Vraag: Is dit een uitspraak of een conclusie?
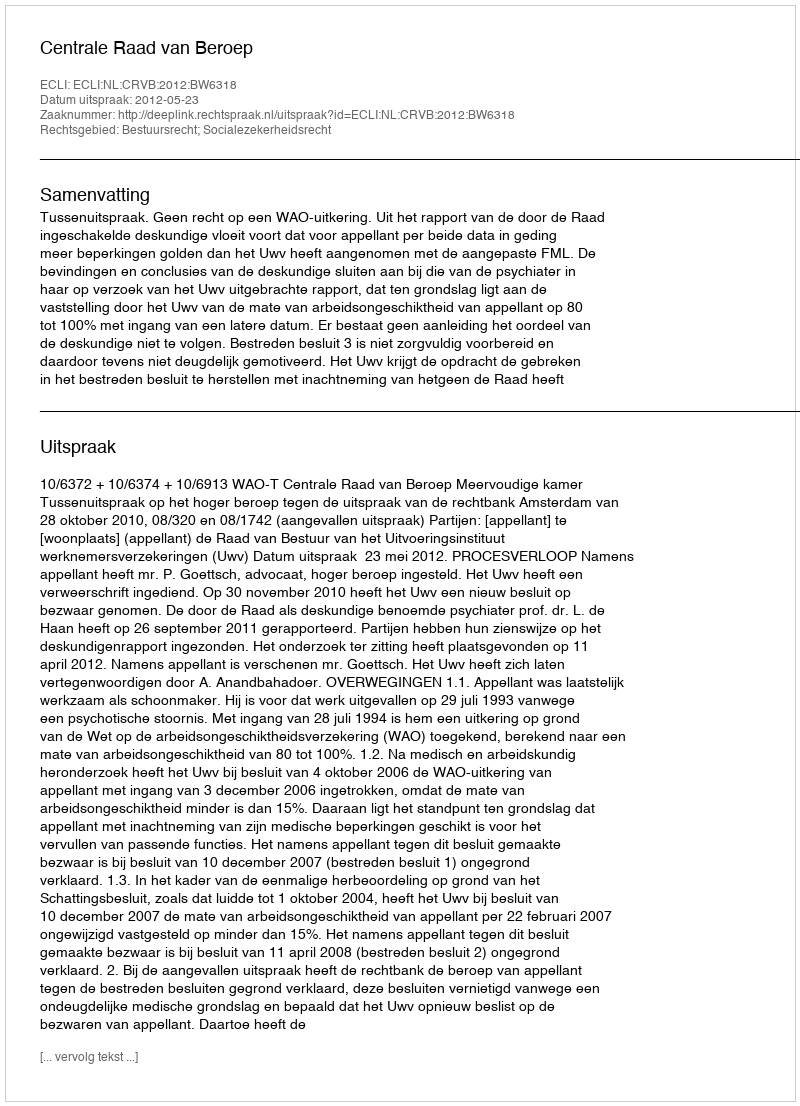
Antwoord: Uitspraak